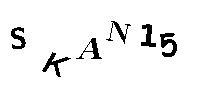
SKAN15